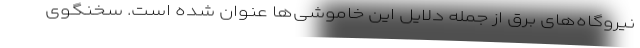
نیروگاه‌های برق از جمله دلایل این خاموشی‌ها عنوان شده است. سخنگوی